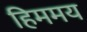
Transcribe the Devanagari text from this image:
हिममय